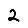
Digit: 2